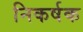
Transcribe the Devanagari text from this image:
निकर्षक